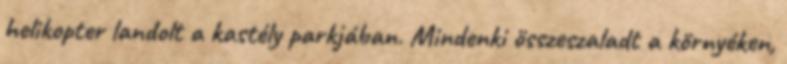
helikopter landolt a kastély parkjában. Mindenki összeszaladt a környéken,